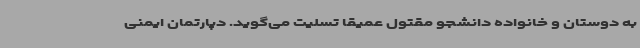
به دوستان و خانواده دانشجو مقتول عمیقا تسلیت می‌گوید. دپارتمان ایمنی